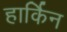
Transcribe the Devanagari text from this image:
हार्किन